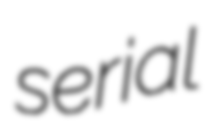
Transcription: serial